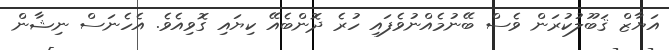
އަޔާޒް ޤަބޫލުކުރަން ވެސް ބޭނުމެއްނުވެފައި ހުރެ ދޮންބެއޭ ކިޔައި ގޮވިއެވެ. އެހެނަސް ނިޝާން